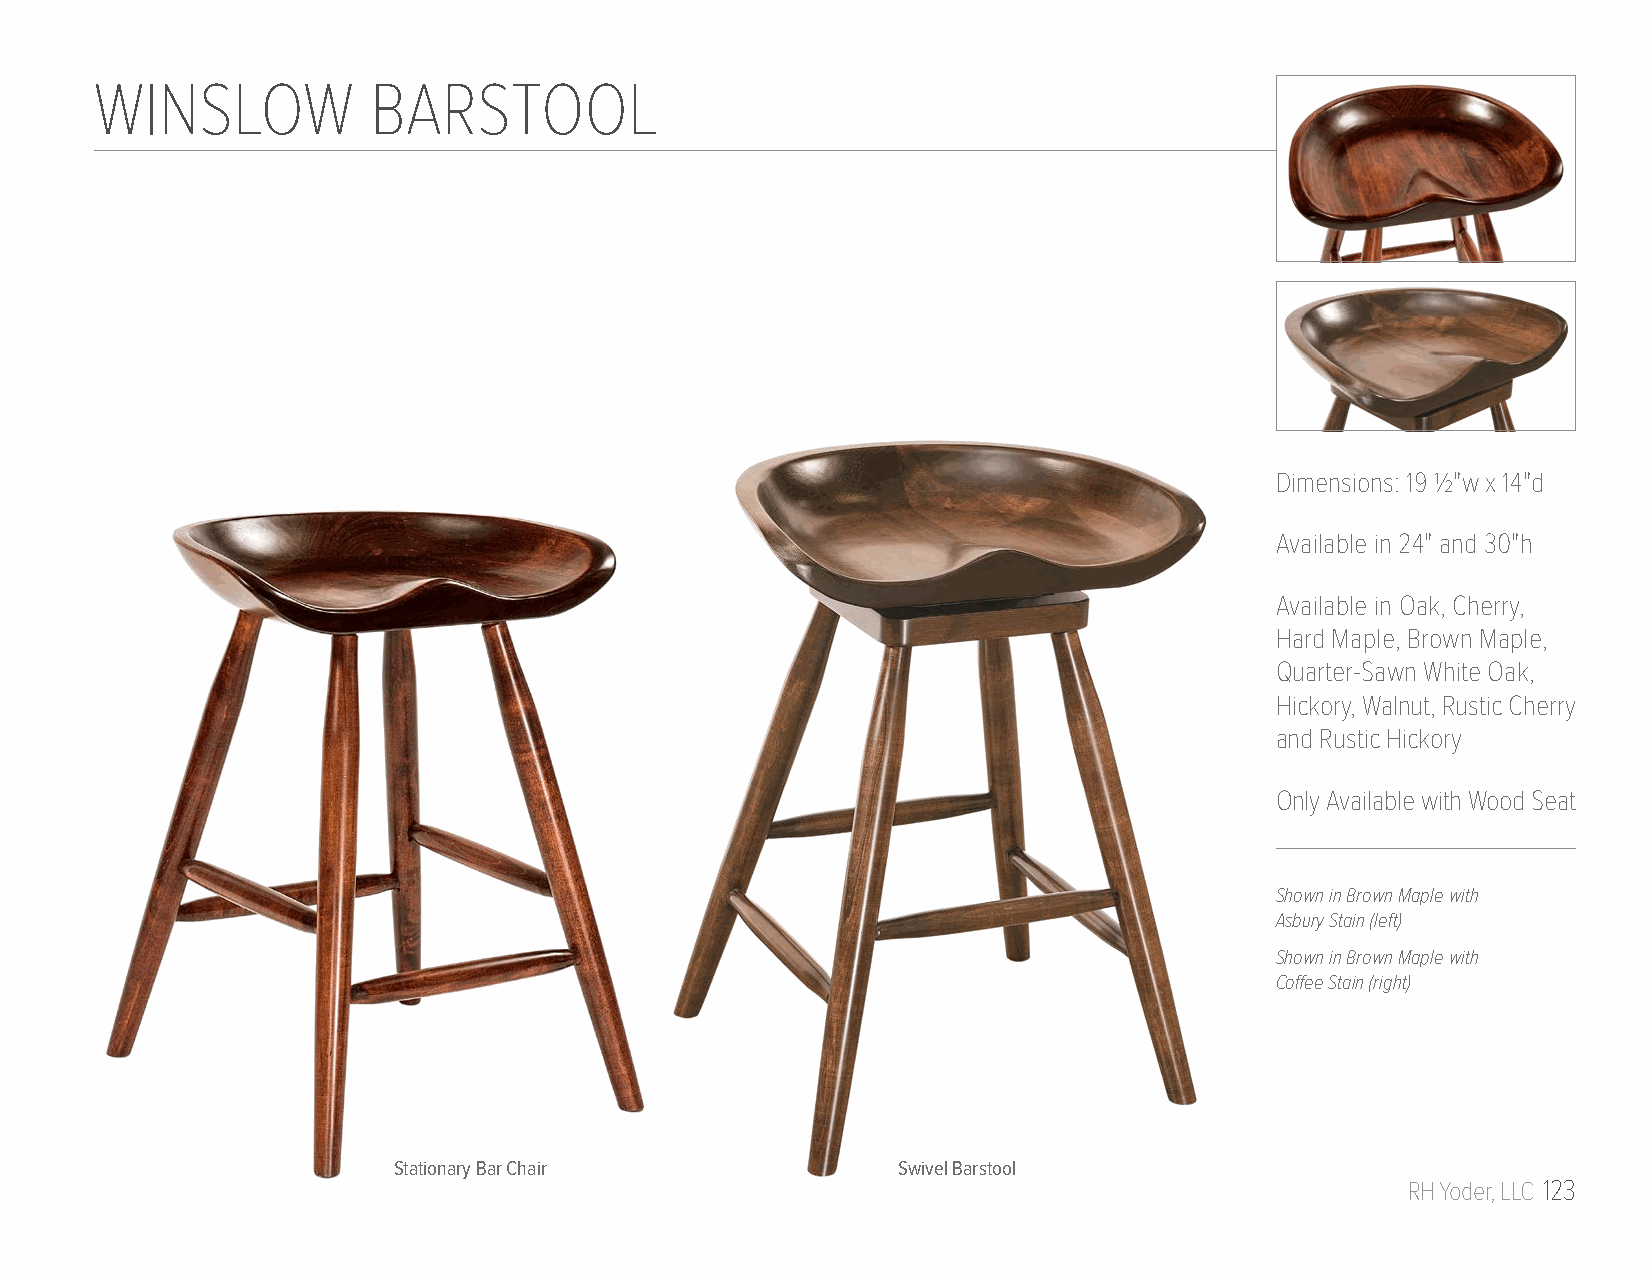
WINSLOW           BARSTOOL
 Dimensions: 19 1/2"w x 14"d
 Available in 24" and 30"h
 Available in Oak, Cherry,
 Hard Maple, Brown Maple,
 Quarter-Sawn White Oak,
 Hickory, Walnut, Rustic Cherry
 and Rustic Hickory
 Only Available with Wood Seat
 Shown in Brown Maple with
 Asbury Stain (left)
 Shown in Brown Maple with
 Coffee Stain (right)
 Stationary Bar Chair             Swivel Barstool
 RH Yoder, LLC 123